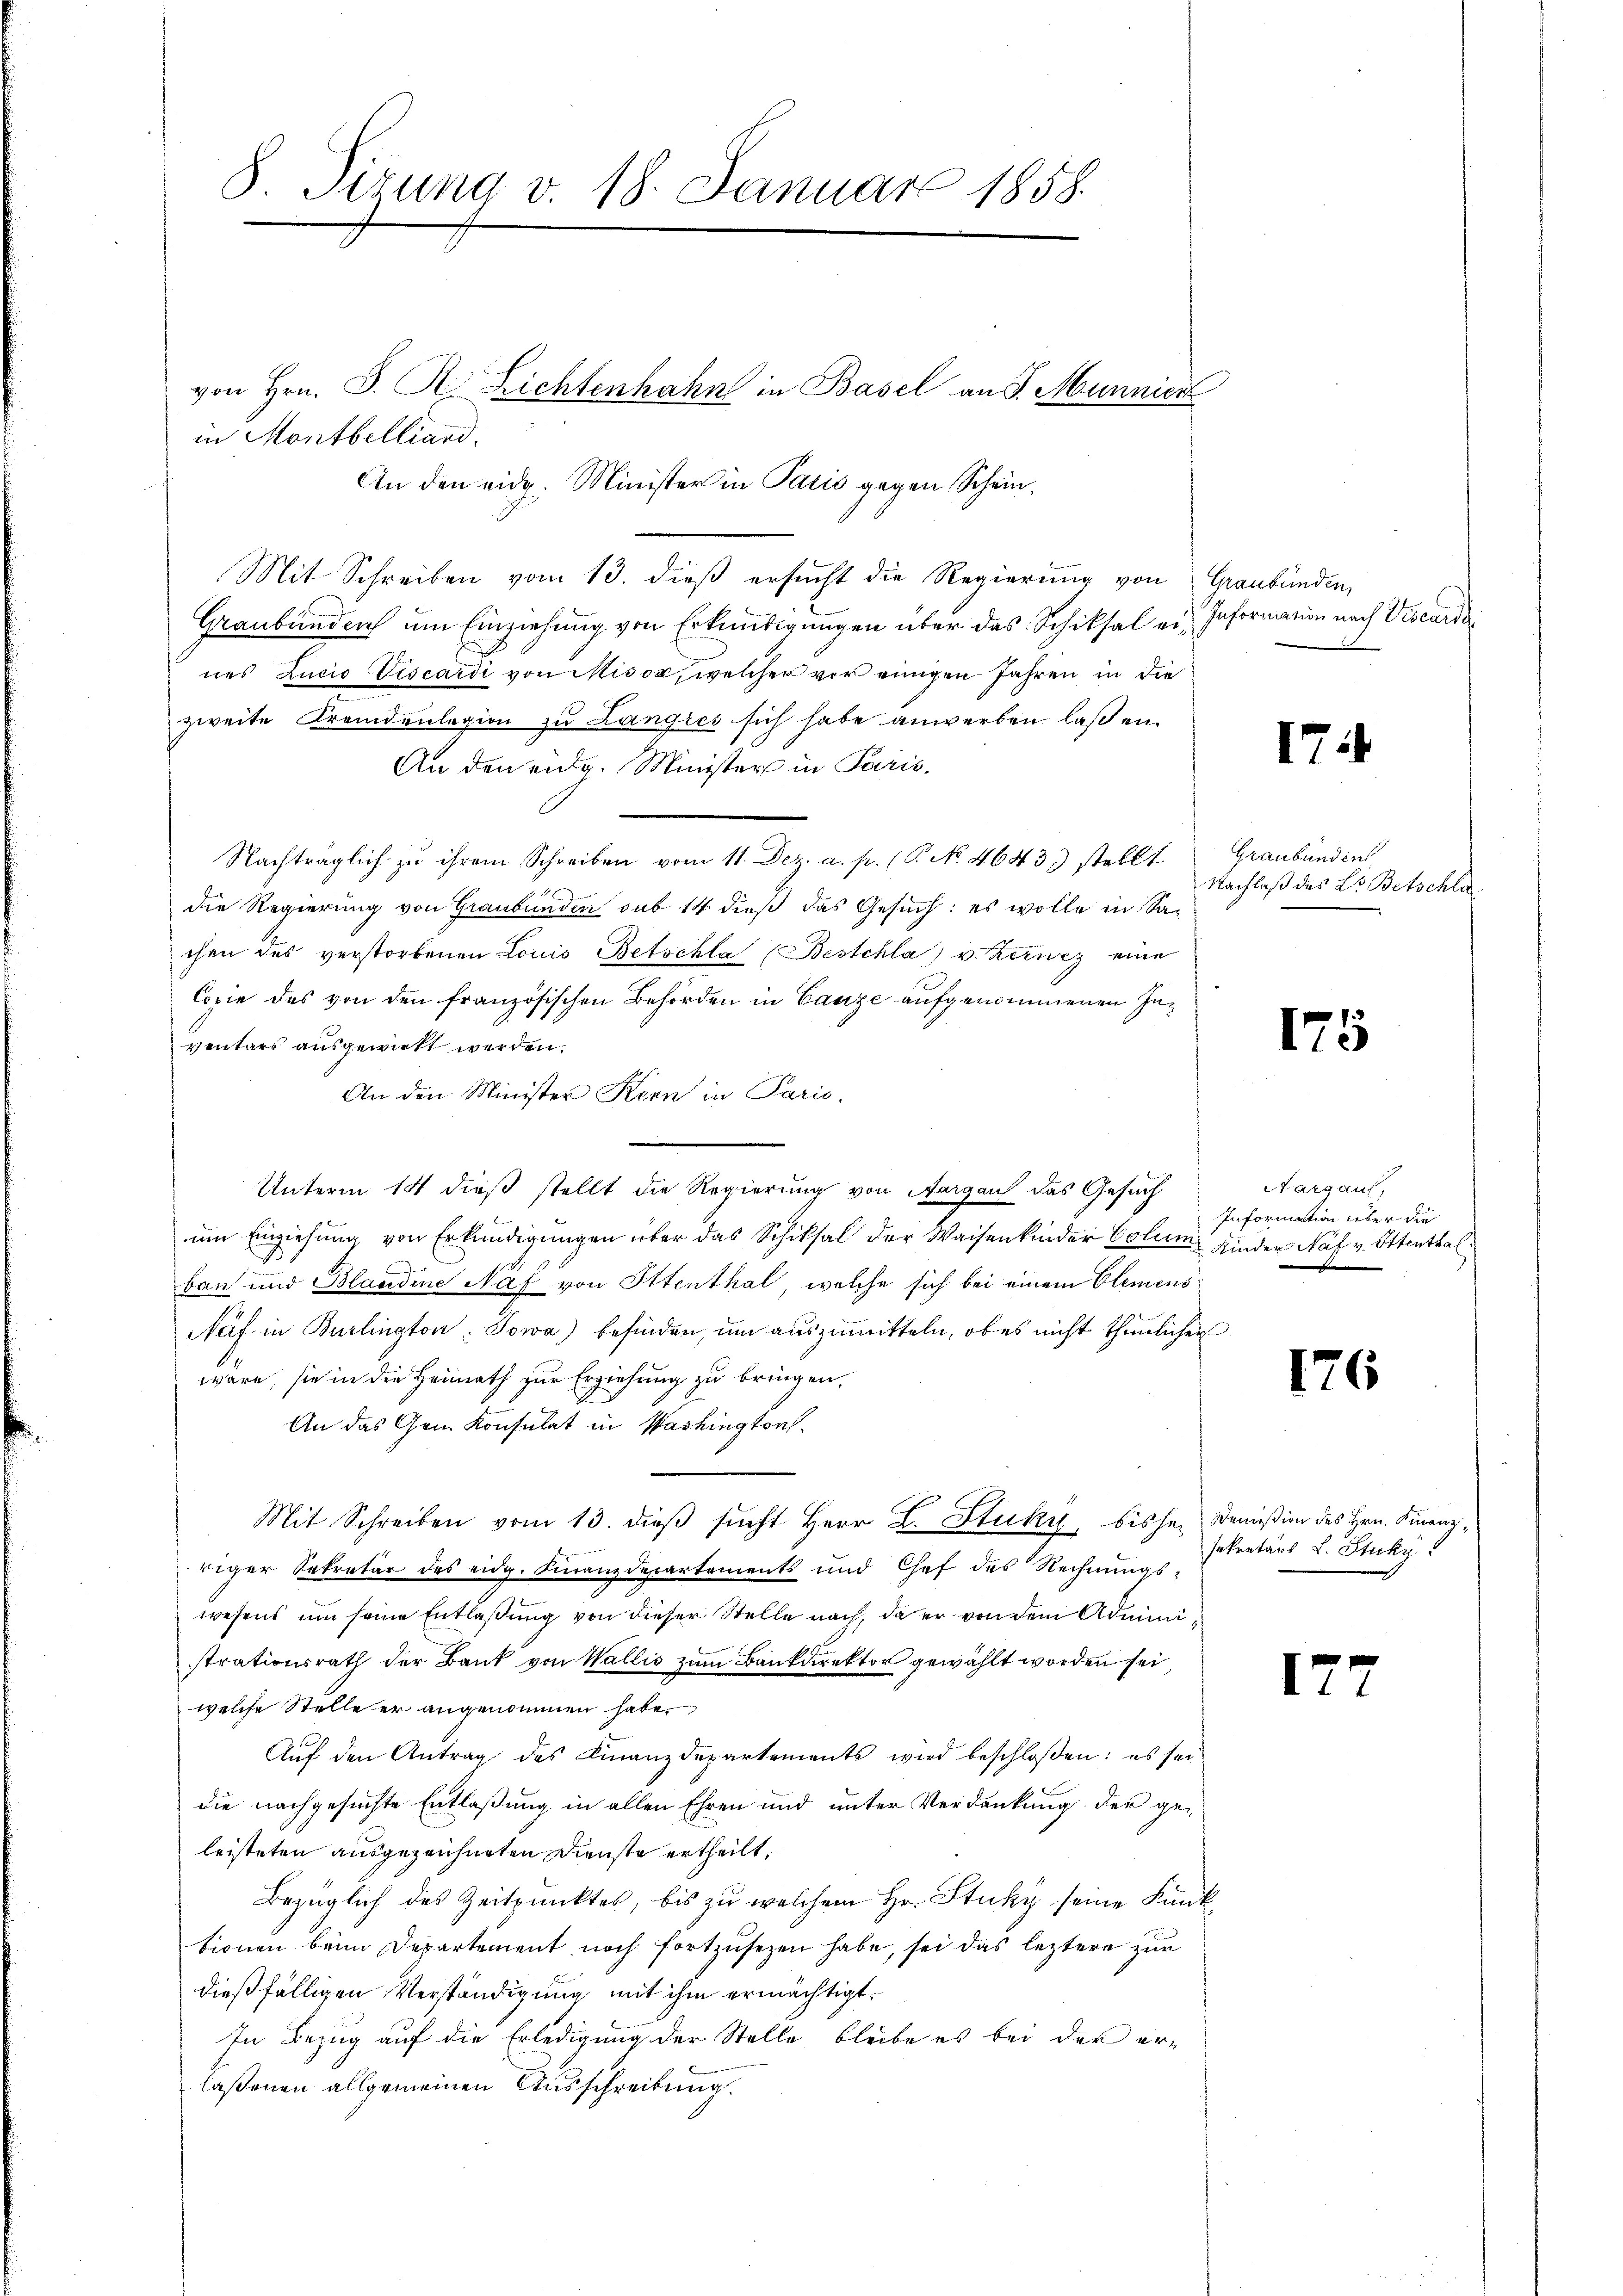
S. Tizung v. 18. Januar 1858.

von Hrn. J. R. Richtenhahn in Basel an S. Munnier
in Montbelland.
An den eidg. Minister in Paris gegen Schein,
Mit Schreiben vom 13. dieβ ersŭcht die Regierŭng von Graubünden,
Graubünden um Einziehung von Erkundigungen über das Schiksal ein Information nach Vicarde
nes Zucio Viscardi von Misox, welcher vor einigen Jahren in die
zweite Fremdenlegion zu Langies sich habe anwerben laßen¬
An den eidg. Minister in Paris,
Nachträglich zu ihrem Schreiben vom 11. Dez. a. p. (T. No. 4643. stellt
die Regierung von Graubünden sub 14 dieß das Gesuch: es wolle in Sachen des verstorbenen Louis Betschla (Beschla) u. Kerncz eine
Copie des von den französischen Behörden in Canze aufgenommenen Inventars ausgewirkt werden.
An den Minister Kern in Paris
Unterm 14 dieß stellt die Regierung von Aargau das Gesuch
um Einziehung von Erkundigungen über das Schiksal der Waisenkinder Colum Kinder Näf v. Ottenthal
bau und Blaudine Naf von Ottenthal, welche sich bei einem Elemens
Näf in Burlington. Sowa) befinden, um auszumitteln, ob es nicht thunlichen
wäre, sie in die Heimath zur Erziehung zu bringen.
An das Gen. Konsulat in Washingtons-
Mit Schreiben vom 13. dieß sucht Herr L. Stuky, bisher Domißion des Hrn. Finanzriger Sekretär des eidg. Finanzdepartements und Chef des Rechnŭngs-
wesens um seine Entlaßung von dieser Stelle nach, da er von dem Administrationsrath der Bank von Wallis zum Bankdirektor gewählt worden sei
welche Stelle er angenommen habe.
Auf den Antrag des Finanzdepartements wird beschloßen: es sei
die nachgesuchte Entlaßung in allen Ehren und unter Verdankung der geleisteten ausgezeichneten Dienste ertheilt.
Bezüglich des Zeitpunktes, bis zu welchem Hr. Stuky seine Funk
Sionen beim Departement noch fortzusezen habe, sei das leztere zur
dießfälligen Verständigung mit ihm ermächtigt.
In Bezug auf die Erledigung der Stelle bleibe es bei der erlaßenen allgemeinen Ausschreibung.

17:

Graubünden
Nachlaß des L. Betschla

175

arg auf,
Information über die

176

17

sekretärs L. Sticky: